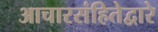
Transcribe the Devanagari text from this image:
आचारसंहितेद्वारे